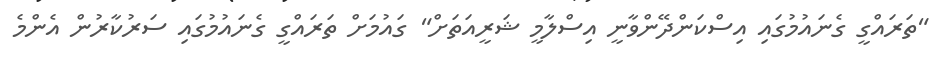
"ތަރައްގީ ގެނައުމުގައި އިސްކަންދޭންވާނީ އިސްލާމީ ޝަރީއަތަށް" ގައުމަށް ތަރައްގީ ގެނައުމުގައި ސަރުކާރުން އެންމެ